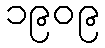
၁၉၀၉